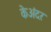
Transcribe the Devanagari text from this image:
केअंदर